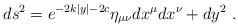
LaTeX: \begin{align*}ds^2 = e^{- 2 k |y| - 2 c} \eta_{\mu \nu} dx^{\mu} dx^{\nu} + dy^2~.~ \,\end{align*}